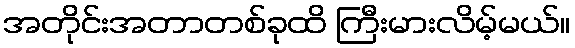
အတိုင်းအတာတစ်ခုထိ ကြီးမားလိမ့်မယ်။